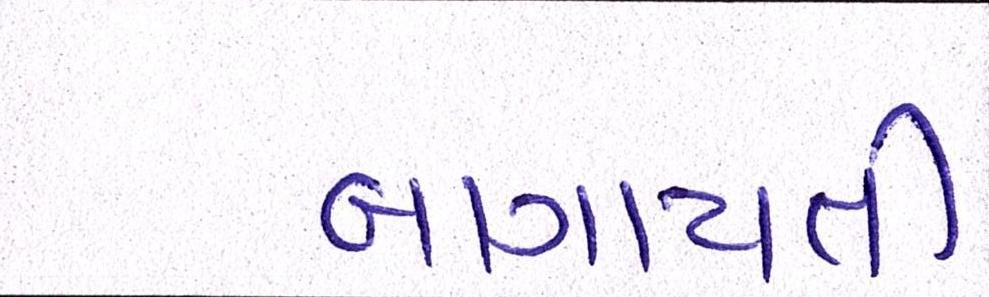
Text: બાગાયતી